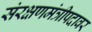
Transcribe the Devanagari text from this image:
संरक्षणमंत्रीपदावर